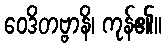
ဝေဒိတဗ္ဗာနိ၊ ကုန်၏။